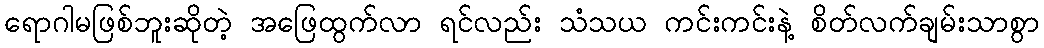
ရောဂါမဖြစ်ဘူးဆိုတဲ့ အဖြေထွက်လာ ရင်လည်း သံသယ ကင်းကင်းနဲ့ စိတ်လက်ချမ်းသာစွာ